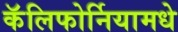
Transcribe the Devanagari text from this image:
कॅलिफोर्नियामधे